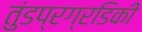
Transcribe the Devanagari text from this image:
तुंडप्रग्रडिकी